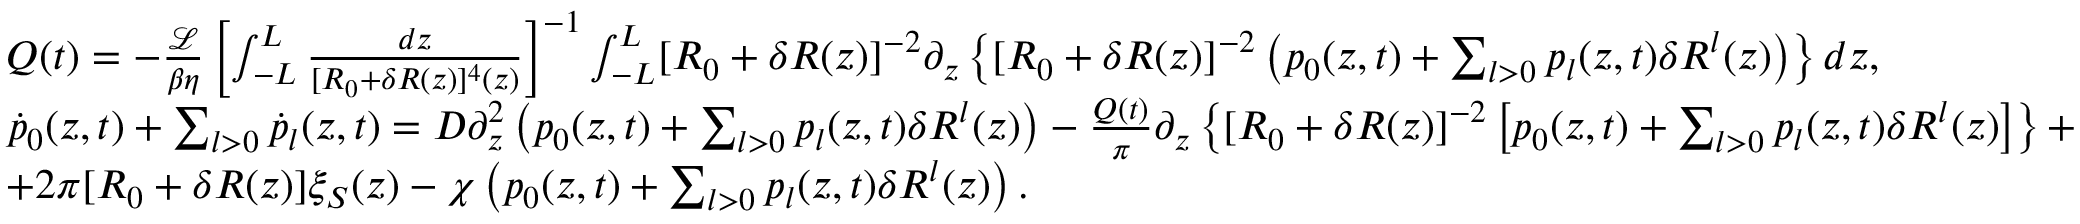
\begin{array} { r l } & { Q ( t ) = - \frac { \mathcal { L } } { \beta \eta } \left[ \int _ { - L } ^ { L } \frac { d z } { [ R _ { 0 } + \delta R ( z ) ] ^ { 4 } ( z ) } \right] ^ { - 1 } \int _ { - L } ^ { L } [ R _ { 0 } + \delta R ( z ) ] ^ { - 2 } \partial _ { z } \left\{ [ R _ { 0 } + \delta R ( z ) ] ^ { - 2 } \left( p _ { 0 } ( z , t ) + \sum _ { l > 0 } p _ { l } ( z , t ) \delta R ^ { l } ( z ) \right) \right\} d z , } \\ & { \dot { p } _ { 0 } ( z , t ) + \sum _ { l > 0 } \dot { p } _ { l } ( z , t ) = D \partial _ { z } ^ { 2 } \left( p _ { 0 } ( z , t ) + \sum _ { l > 0 } p _ { l } ( z , t ) \delta R ^ { l } ( z ) \right) - \frac { Q ( t ) } { \pi } \partial _ { z } \left\{ [ R _ { 0 } + \delta R ( z ) ] ^ { - 2 } \left[ p _ { 0 } ( z , t ) + \sum _ { l > 0 } p _ { l } ( z , t ) \delta R ^ { l } ( z ) \right] \right\} + } \\ & { + 2 \pi [ R _ { 0 } + \delta R ( z ) ] \xi _ { S } ( z ) - \chi \left( p _ { 0 } ( z , t ) + \sum _ { l > 0 } p _ { l } ( z , t ) \delta R ^ { l } ( z ) \right) . } \end{array}